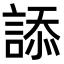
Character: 𧨩